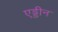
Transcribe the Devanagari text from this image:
एड्डीन